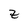
Character: z